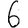
Digit: 6